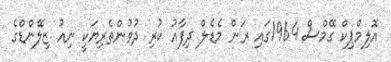
އޮލިމްޕިކް ގޭމްސް 1964ގައި ރަން މެޑެލް ދިފާއު ކުރި ދުވުންތެރިޔަކީ ނިއު ޒިލޭންޑްގެ